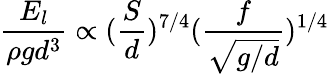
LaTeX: \frac{E_{l}}{\rho gd^{3}}\propto(\frac{S}{d})^{7/4}(\frac{f}{\sqrt{g/d}})^{1/4}